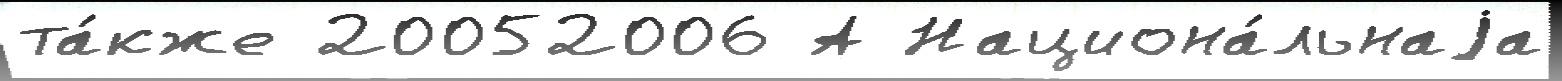
та́кже 20052006 А Национа́льнаjа